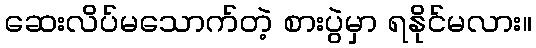
ဆေးလိပ်မသောက်တဲ့ စားပွဲမှာ ရနိုင်မလား။